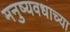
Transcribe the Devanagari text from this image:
मनुष्यवधाच्या